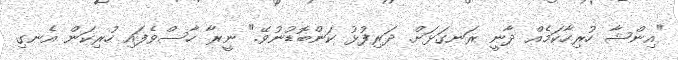
"އިންޝާ ހުރިހާކަމެއް ދާނީ ރަނގަޅަށް. ދަރިފުޅު ކަންބޮޑުނުވޭ." ނީރާ ހާސްވެފައި ހުރިކަން އެނގި